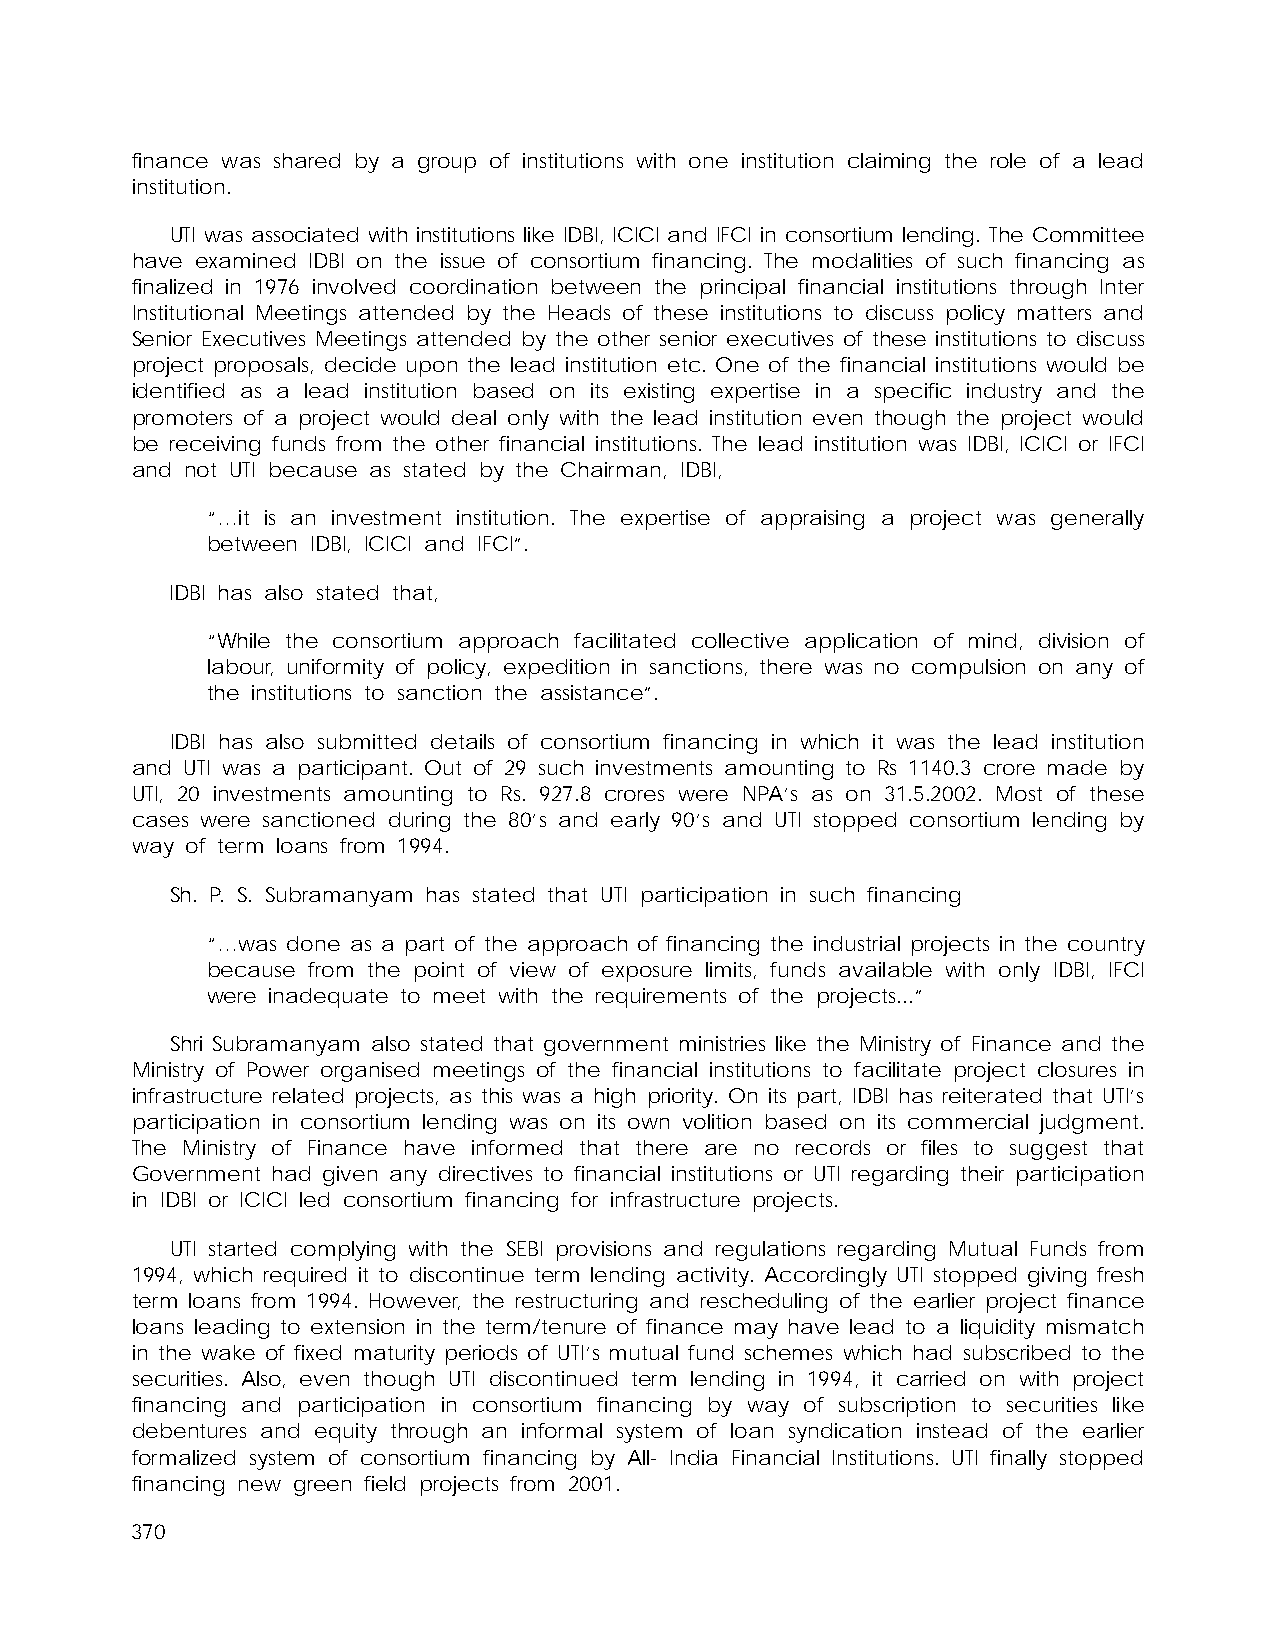
finance was shared by a group of institutions with one institution claiming the role of a lead
 institution.
 UTI was associated with institutions like IDBI, ICICI and IFCI in consortium lending. The Committee
 have examined IDBI on the issue of consortium financing. The modalities of such financing as
 finalized in 1976 involved coordination between the principal financial institutions through Inter
 Institutional Meetings attended by the Heads of these institutions to discuss policy matters and
 Senior Executives Meetings attended by the other senior executives of these institutions to discuss
 project proposals, decide upon the lead institution etc. One of the financial institutions would be
 identified as a lead institution based on its existing expertise in a specific industry and the
 promoters of a project would deal only with the lead institution even though the project would
 be receiving funds from the other financial institutions. The lead institution was IDBI, ICICI or IFCI
 and not UTI because as stated by the Chairman, IDBI,
 “…it is an investment institution. The expertise of appraising a project was generally
 between IDBI, ICICI and IFCI”.
 IDBI has also stated that,
 “While the consortium approach facilitated collective application of mind, division of
 labour, uniformity of policy, expedition in sanctions, there was no compulsion on any of
 the institutions to sanction the assistance”.
 IDBI has also submitted details of consortium financing in which it was the lead institution
 and UTI was a participant. Out of 29 such investments amounting to Rs 1140.3 crore made by
 UTI, 20 investments amounting to Rs. 927.8 crores were NPA’s as on 31.5.2002. Most of these
 cases were sanctioned during the 80’s and early 90’s and UTI stopped consortium lending by
 way of term loans from 1994.
 Sh. P. S. Subramanyam has stated that UTI participation in such financing
 “…was done as a part of the approach of financing the industrial projects in the country
 because from the point of view of exposure limits, funds available with only IDBI, IFCI
 were inadequate to meet with the requirements of the projects...”
 Shri Subramanyam also stated that government ministries like the Ministry of Finance and the
 Ministry of Power organised meetings of the financial institutions to facilitate project closures in
 infrastructure related projects, as this was a high priority. On its part, IDBI has reiterated that UTI’s
 participation in consortium lending was on its own volition based on its commercial judgment.
 The Ministry of Finance have informed that there are no records or files to suggest that
 Government had given any directives to financial institutions or UTI regarding their participation
 in IDBI or ICICI led consortium financing for infrastructure projects.
 UTI started complying with the SEBI provisions and regulations regarding Mutual Funds from
 1994, which required it to discontinue term lending activity. Accordingly UTI stopped giving fresh
 term loans from 1994. However, the restructuring and rescheduling of the earlier project finance
 loans leading to extension in the term/tenure of finance may have lead to a liquidity mismatch
 in the wake of fixed maturity periods of UTI’s mutual fund schemes which had subscribed to the
 securities. Also, even though UTI discontinued term lending in 1994, it carried on with project
 financing and participation in consortium financing by way of subscription to securities like
 debentures and equity through an informal system of loan syndication instead of the earlier
 formalized system of consortium financing by All- India Financial Institutions. UTI finally stopped
 financing new green field projects from 2001.
 370